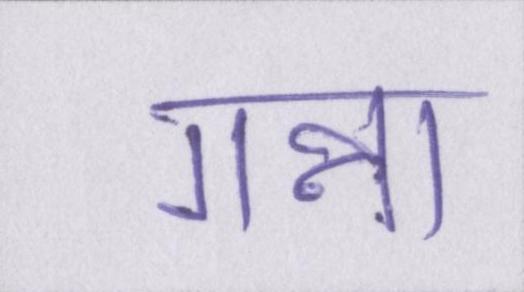
गन्ना